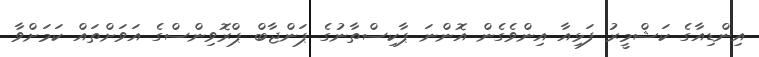
އިންޑިއާގެ ކަޝްމީރު ފަޅިއާ އިންވެގެން އޮންނަ ޕާކިސްތާނުގެ ޕަންޖާބް ޕްރޮވިންސްގެ އަވަށްތައް ކަމަށްވާ